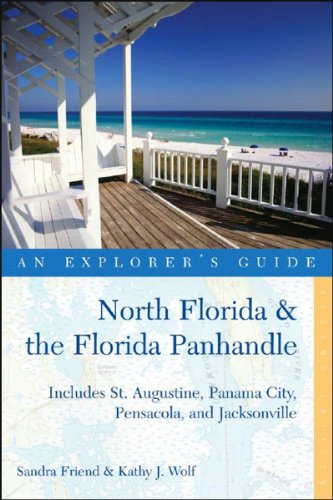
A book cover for Explorer's Guide North Florida & the Florida Panhandle: Includes St. Augustine, Panama City, Pensacola, and Jacksonville (Explorer's Complete); Sandra Friend; Travel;